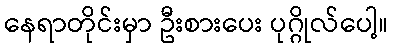
နေရာတိုင်းမှာ ဦးစားပေး ပုဂ္ဂိုလ်ပေါ့။